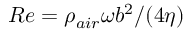
R e = \rho _ { a i r } \omega b ^ { 2 } / ( 4 \eta )